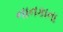
નાનકાના